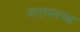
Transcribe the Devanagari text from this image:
पारास्तम्भ